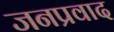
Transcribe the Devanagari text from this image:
जनप्रवाद